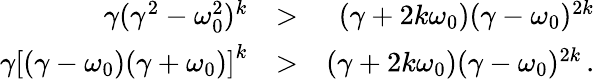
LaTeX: \begin{array}{rlr}{\gamma(\gamma^{2}-\omega_{0}^{2})^{k}}&{>}&{(\gamma+2k\omega_{0})(\gamma-\omega_{0})^{2k}}\\ {\gamma\left[(\gamma-\omega_{0})(\gamma+\omega_{0})\right]^{k}}&{>}&{(\gamma+2k\omega_{0})(\gamma-\omega_{0})^{2k}\, .}\end{array}